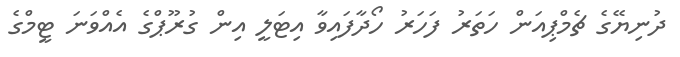
ދުނިޔޭގެ ޗެމްޕިއަން ހަތަރު ފަހަރު ހޯދާފައިވާ އިޓަލީ އިން ގުރޫޕްގެ އެއްވަނަ ޓީމްގެ